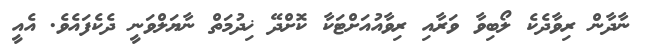
ނާދާން ރިވާދެކެ ލޯބިވާ ވަރާއި ރިވާއުއަށްޓަކާ ކޮށްދޭ ޚިދުމަތް ނާޔަލްވަނީ ދެކެފައެވެ. އެއީ